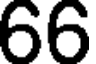
66